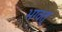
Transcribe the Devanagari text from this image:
भग्वत्